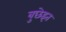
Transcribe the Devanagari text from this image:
बुछेइत